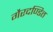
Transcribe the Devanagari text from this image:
गैरदण्डित